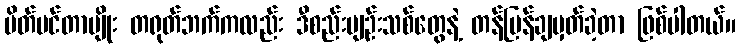
ပိတ်ပင်တာမျိုး တရုတ်ဘက်ကလည်း ဒီစည်းမျဉ်းသစ်တွေနဲ့ တန်ပြန်ချမှတ်ခဲ့တာ ဖြစ်ပါတယ်။